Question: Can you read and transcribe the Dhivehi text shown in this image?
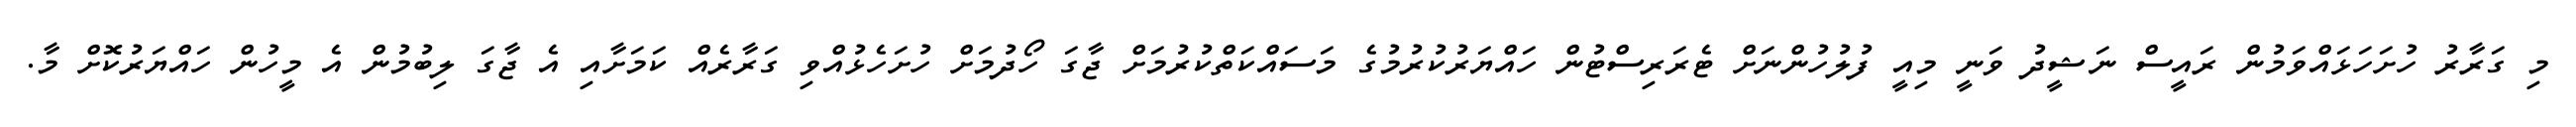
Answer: މި ގަރާރު ހުށަހަޅައްވަމުން ރައީސް ނަޝީދު ވަނީ މިއީ ފުލުހުންނަށް ޓެރަރިސްޓުން ހައްޔަރުކުރުމުގެ މަސައްކަތްކުރުމަށް ޖާގަ ހޯދުމަށް ހުށަހެޅުއްވި ގަރާރެއް ކަމަށާއި އެ ޖާގަ ލިބުމުން އެ މީހުން ހައްޔަރުކޮށް މާ.